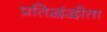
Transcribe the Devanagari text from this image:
प्रतिद्वंद्वीता